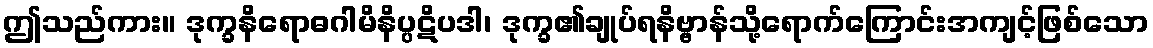
ဤသည်ကား။ ဒုက္ခနိရောဓဂါမိနိပ္ပဋိပဒါ၊ ဒုက္ခ၏ချုပ်ရနိဗ္ဗာန်သို့ရောက်ကြောင်းအကျင့်ဖြစ်သော